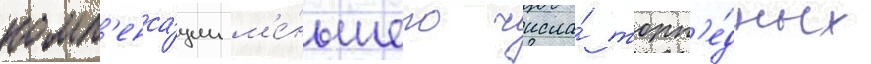
комп'енса́ции м'е́ньшего числа́ торп'е́дных